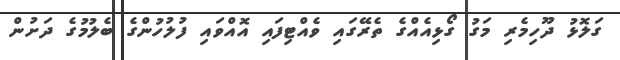
ގަލޮޅު ދޫހިމެރި މަގު ގޯޅިއެއްގެ ތެރޭގައި ވެއްޓިފައި އޮއްވައި ފުލުހުންގެ ބެލުމުގެ ދަށުން